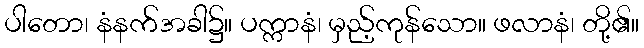
ပါတော၊ နံနက်အခါ၌။ ပက္ကာနံ၊ မှည့်ကုန်သော။ ဖလာနံ၊ တို့၏။